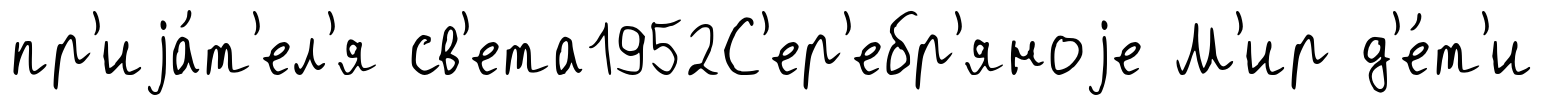
пр'иjа́т'ел'я св'ета1952С'ер'ебр'яноjе М'ир д'е́т'и